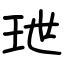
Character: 玴